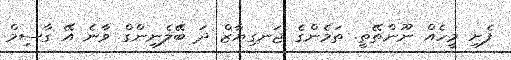
ފެށި މީހެއް ނޫންތޭތީ. ތަމެންގެ ޖަނގިޔާޒް ދަ ބޭލެނިންގް ވާނެ އޭ ގާސިމް